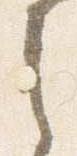
之